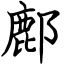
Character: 鄜